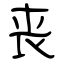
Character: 丧